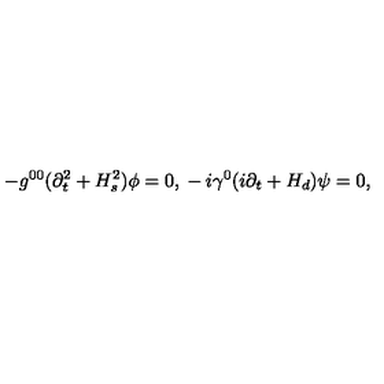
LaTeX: - g ^ { 0 0 } ( \partial _ { t } ^ { 2 } + H _ { s } ^ { 2 } ) \phi = 0 , { } - i \gamma ^ { 0 } ( i \partial _ { t } + H _ { d } ) \psi = 0 ,